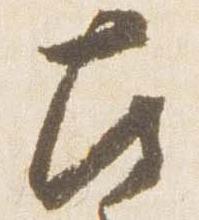
左